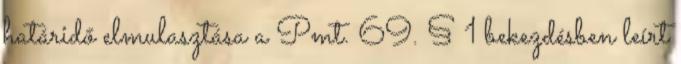
határidő elmulasztása a Pmt. 69. § 1 bekezdésben leírt